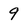
Character: 9